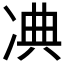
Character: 𠗘